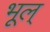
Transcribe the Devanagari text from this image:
भूल्